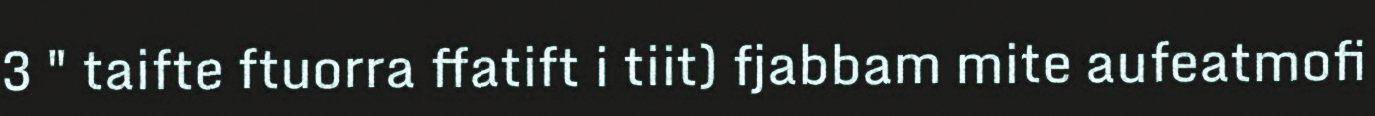
3 " taifte ftuorra ffatift i tiit) fjabbam mite aufeatmofi